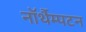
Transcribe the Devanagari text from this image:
नॉर्थैम्पटन